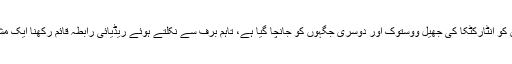
حرارتی یا سوراخ کرنے والے آلات کے ساتھ کھوجیوں کو انٹارکٹکا کی جھیل ووستوک اور دوسری جگہوں کو جانچا گیا ہے، تاہم برف سے نکلتے ہوئے ریڈیائی رابطہ قائم رکھنا ایک مشکل کام ہے بالخصوص اگر برف 20 کلومیٹر موٹی ہو۔